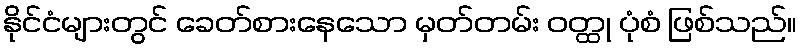
နိုင်ငံများတွင် ခေတ်စားနေသော မှတ်တမ်း ဝတ္ထု ပုံစံ ဖြစ်သည်။